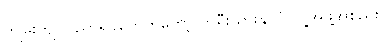
ကျွမ်းကျင်ပညာရှင်တွေကတော့ ကိုရီးယားနိုင်ငံ လူ့အဖွဲ့အစည်း